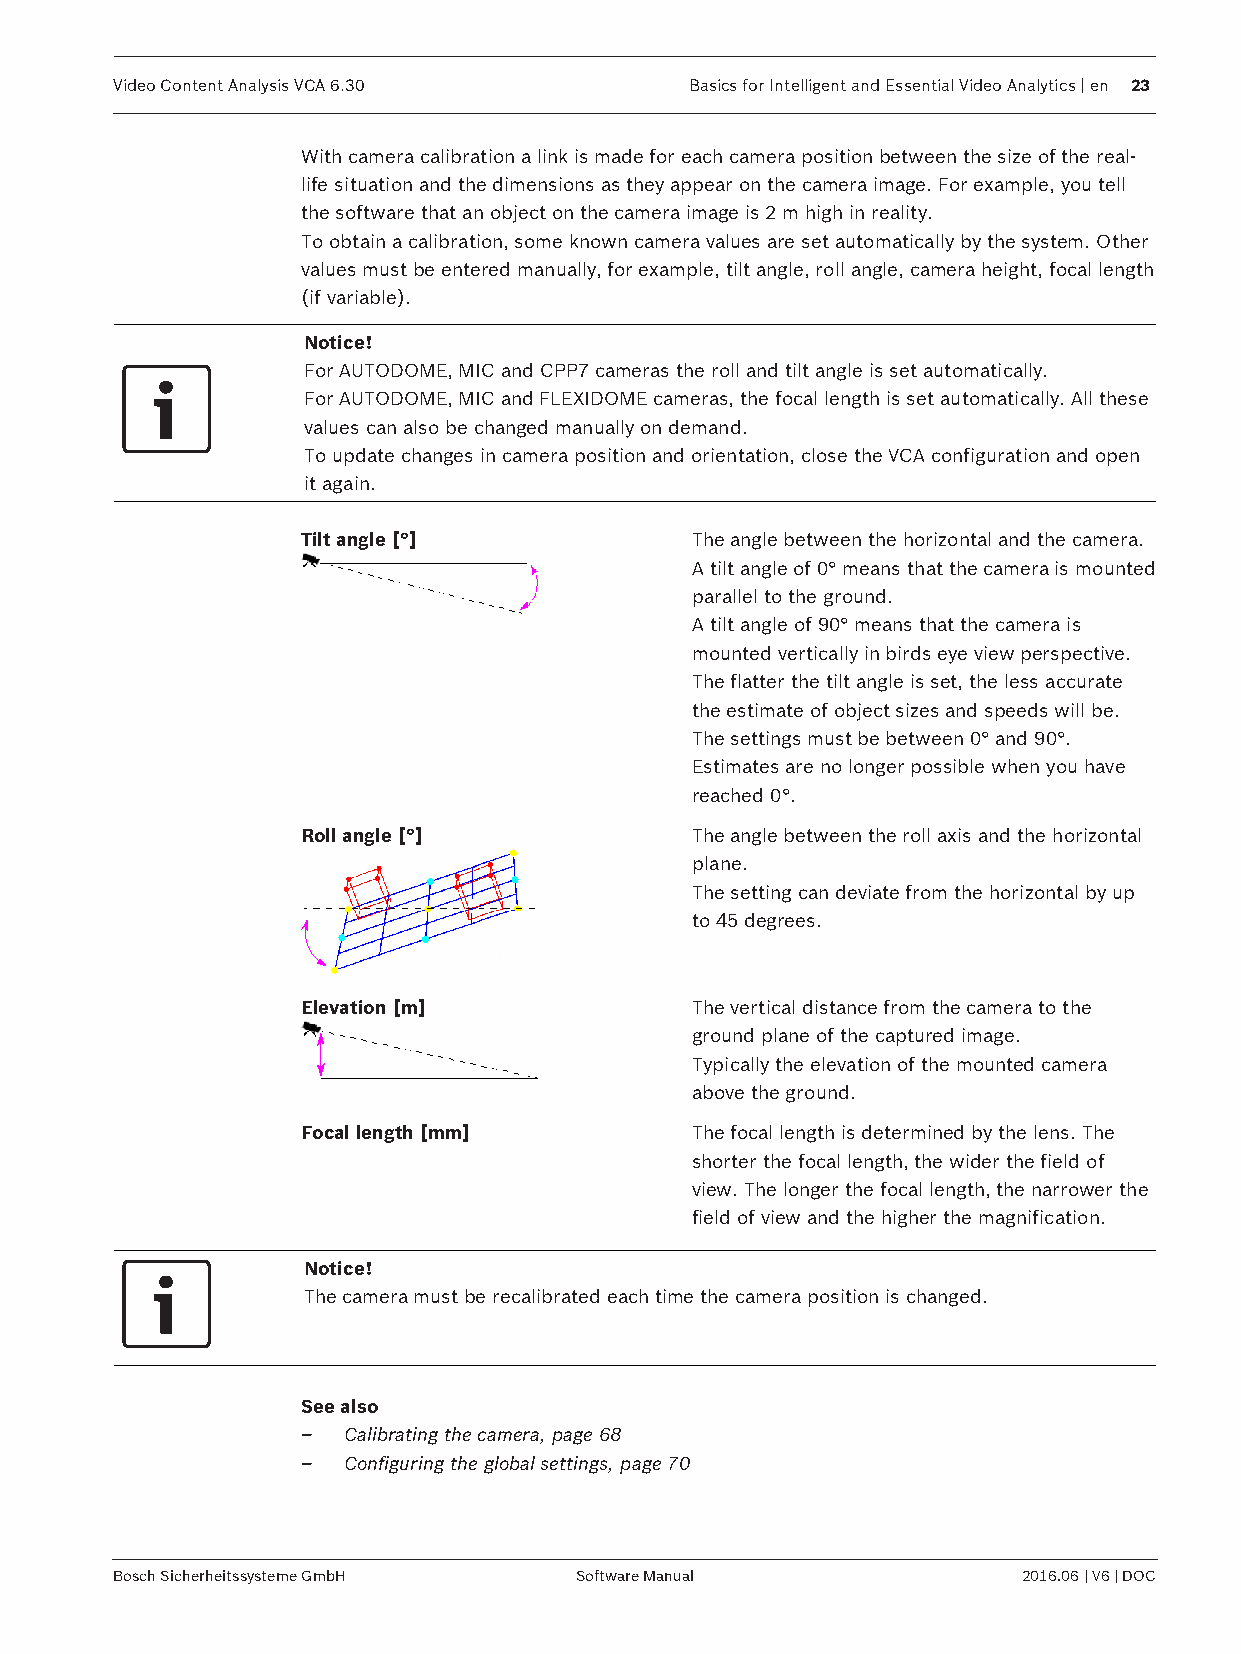
Video Content Analysis VCA 6.30       Basics for Intelligent and Essential Video Analytics | en 23
 With camera calibration a link is made for each camera position between the size of the real-
 life situation and the dimensions as they appear on the camera image. For example, you tell
 the software that an object on the camera image is 2 m high in reality.
 To obtain a calibration, some known camera values are set automatically by the system. Other
 values must be entered manually, for example, tilt angle, roll angle, camera height, focal length
 (if variable).
 Notice!
 For AUTODOME, MIC and CPP7 cameras the roll and tilt angle is set automatically.
 For AUTODOME, MIC and FLEXIDOME cameras, the focal length is set automatically. All these
 values can also be changed manually on demand.
 To update changes in camera position and orientation, close the VCA configuration and open
 it again.
 Tilt angle [°]            The angle between the horizontal and the camera.
 A tilt angle of 0° means that the camera is mounted
 parallel to the ground.
 A tilt angle of 90° means that the camera is
 mounted vertically in birds eye view perspective.
 The flatter the tilt angle is set, the less accurate
 the estimate of object sizes and speeds will be.
 The settings must be between 0° and 90°.
 Estimates are no longer possible when you have
 reached 0°.
 Roll angle [°]            The angle between the roll axis and the horizontal
 plane.
 The setting can deviate from the horizontal by up
 to 45 degrees.
 Elevation [m]             The vertical distance from the camera to the
 ground plane of the captured image.
 Typically the elevation of the mounted camera
 above the ground.
 Focal length [mm]         The focal length is determined by the lens. The
 shorter the focal length, the wider the field of
 view. The longer the focal length, the narrower the
 field of view and the higher the magnification.
 Notice!
 The camera must be recalibrated each time the camera position is changed.
 See also
 –  Calibrating the camera, page 68
 –  Configuring the global settings, page 70
 Bosch Sicherheitssysteme GmbH Software Manual               2016.06 | V6 | DOC